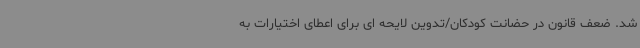
شد. ضعف قانون در حضانت کودکان/تدوین لایحه ای برای اعطای اختیارات به